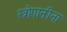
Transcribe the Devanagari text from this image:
स्त्रोगानीना